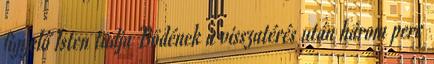
figyelő Isten tudja Bödének a visszatérés után három perc